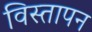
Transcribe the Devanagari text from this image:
विस्तापन